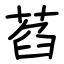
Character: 萏